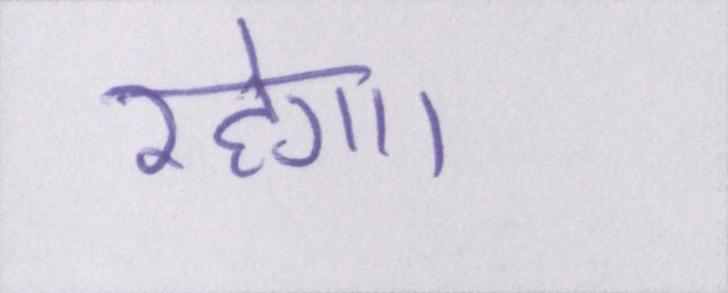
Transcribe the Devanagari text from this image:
रहेगा।